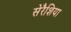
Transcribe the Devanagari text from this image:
सेरैशिया